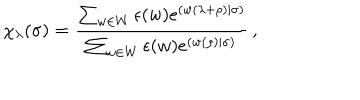
\chi _ { \lambda } ( \sigma ) = \frac { \sum _ { w \in W } \epsilon ( w ) e ^ { ( w ( \lambda + \rho ) | \sigma ) } } { \sum _ { w \in W } \epsilon ( w ) e ^ { ( w ( \rho ) | \sigma ) } } \, ,